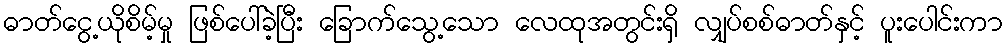
ဓာတ်ငွေ့ယိုစိမ့်မှု ဖြစ်ပေါ်ခဲ့ပြီး ခြောက်သွေ့သော လေထုအတွင်းရှိ လျှပ်စစ်ဓာတ်နှင့် ပူးပေါင်းကာ